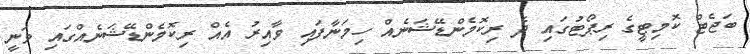
ބަޖެޓް ކޮމިޓީގެ ރިޕޯޓުގައި ދެ ރިކޮމެންޑޭޝަނެއް ހިމަނާފައި ވާއިރު އެއް ރިކޮމެންޑޭޝަނެއްގައި ވަނީ